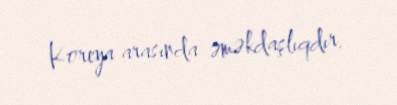
Koreya arasında əməkdaşlıqdır.